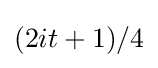
(2it+1)/4